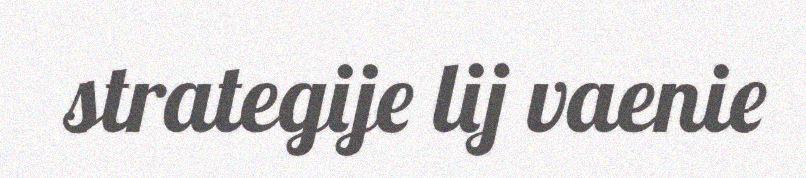
strategije lij vaenie